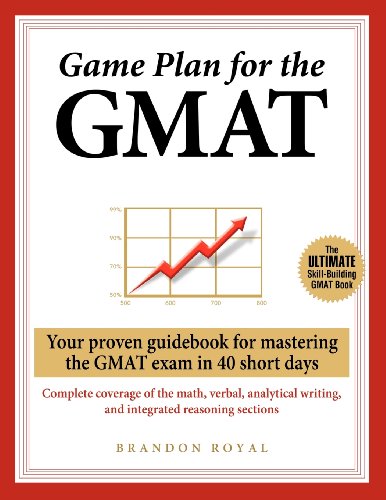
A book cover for Game Plan for the GMAT: Your Proven Guidebook for Mastering the GMAT Exam in 40 Short Days; Brandon Royal; Test Preparation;